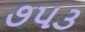
૭૫૩